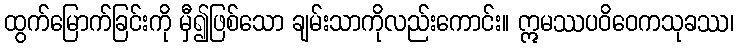
ထွက်မြောက်ခြင်းကို မှီ၍ဖြစ်သော ချမ်းသာကိုလည်းကောင်း။ ဣမဿပဝိဝေကသုခဿ၊